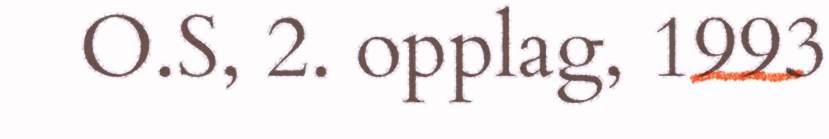
O.S, 2. opplag, 1993